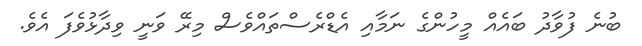
ބުނެ ފުވާދު ބައެއް މީހުންގެ ނަމާއި އެޑްރެސްތައްވެސް މިރޭ ވަނީ ވިދާޅުވެފަ އެވެ.